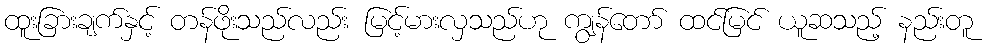
ထူးခြားချက်နှင့် တန်ဖိုးသည်လည်း မြင့်မားလှသည်ဟု ကျွန်တော် ထင်မြင် ယူဆသည့် နည်းတူ